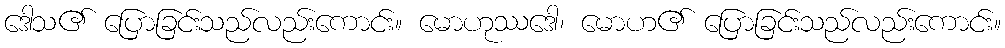
ဒေါသ၏ ပြောခြင်းသည်လည်းကောင်း။ မောဟုဿဒေါ၊ မောဟ၏ ပြောခြင်းသည်လည်းကောင်း။